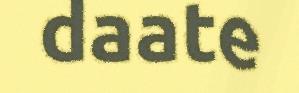
daate